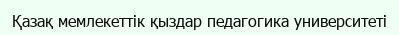
Қазақ мемлекеттік қыздар педагогика университеті